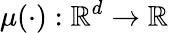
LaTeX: \mu(\cdot):\mathbb{R}^{d}\rightarrow\mathbb{R}